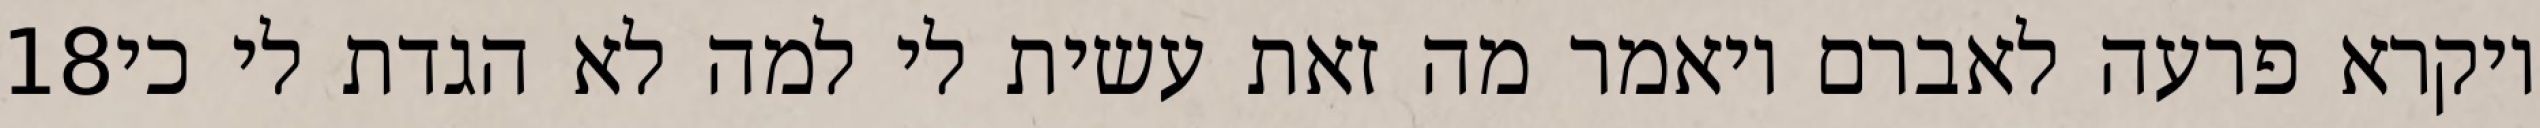
‎18‏ ויקרא פרעה לאברם ויאמר מה זאת עשית לי למה לא הגדת לי כי